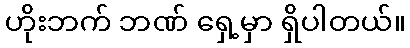
ဟိုးဘက် ဘဏ် ရှေ့မှာ ရှိပါတယ်။